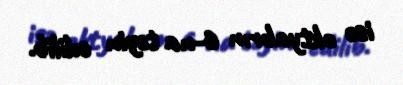
isə oktyabrın 6-na təyin edilib.